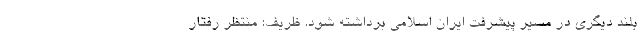
بلند دیگری در مسیر پیشرفت ایران اسلامی برداشته شود. ظریف: منتظر رفتار